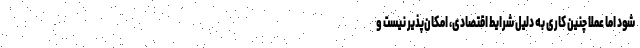
شود اما عملاً چنین کاری به دلیل شرایط اقتصادی، امکان‌پذیر نیست و